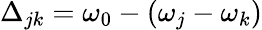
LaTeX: \Delta_{jk}=\omega_{0}-(\omega_{j}-\omega_{k})